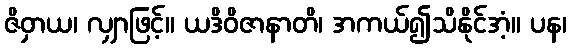
ဇိဝှာယ၊ လျှာဖြင့်။ ယဒိဝိဇာနာတိ၊ အကယ်၍သိနိုင်အံ့။ ပန၊